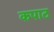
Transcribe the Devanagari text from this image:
कपाठ